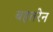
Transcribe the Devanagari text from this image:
बहतरेन